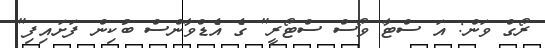
ރޯގް ވަން: އަ ސްޓާ ވޯސް ސްޓޯރީ" ގެ އެޑްވާންސް ބުކިން ފަށައިފި"